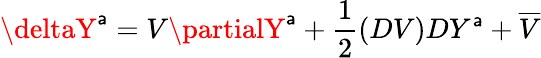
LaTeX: \deltaY^{\mathsf{a}}=V\partialY^{\mathsf{a}}+\frac{{1}}{{2}}\left(DV\right)DY^{\mathsf{a}}+\overline{{{{V}}}}